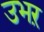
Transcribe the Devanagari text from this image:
उभऱ